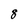
Character: 8